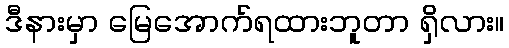
ဒီနားမှာ မြေအောက်ရထားဘူတာ ရှိလား။